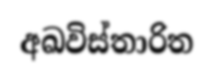
අඛවිස්තාරිත